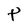
Character: P